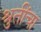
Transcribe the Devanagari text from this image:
श्रुतींचा